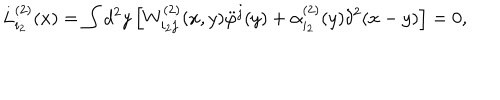
LaTeX: L _ { i _ { 2 } } ^ { ( 2 ) } ( x ) = \int d ^ { 2 } y \left[ W _ { i _ { 2 } j } ^ { ( 2 ) } ( x , y ) \ddot { \varphi } ^ { j } ( y ) + \alpha _ { i _ { 2 } } ^ { ( 2 ) } ( y ) \delta ^ { 2 } ( x - y ) \right] = 0 ,